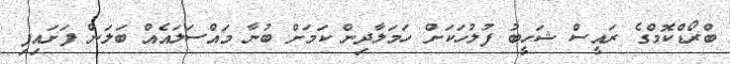
ބްރޯޑްކޮމްގެ ރައީސް ޝަހީބު ފުލުހަކަށް ހަމަލާދިން ކަމަށް ބުނާ މައްސަލައެއް ބަލަން ފަށައިިފި